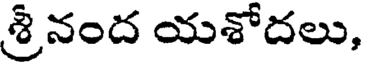
శ్రీనంద యశోదలు,